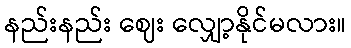
နည်းနည်း ဈေး လျှော့နိုင်မလား။